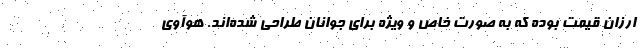
ارزان قیمت بوده که به صورت خاص و ویژه برای جوانان طراحی شده‌اند. هوآوی